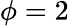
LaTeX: \phi=2